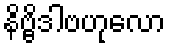
နိဗ္ဗိဒါဗဟုလော